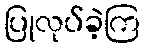
ပြုလုပ်ခဲ့ကြ